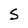
Character: S